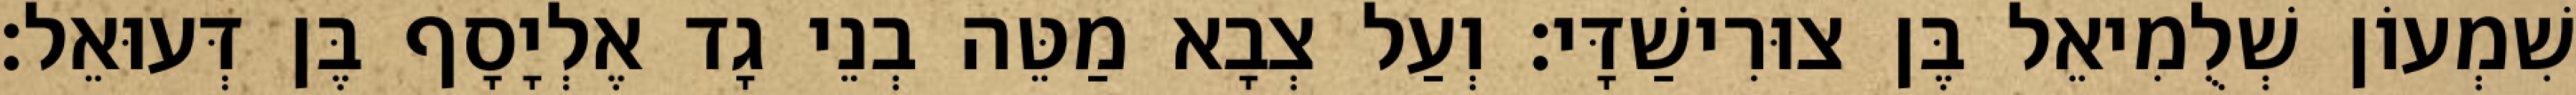
שִׁמְעוֹן שְׁלֻמִיאֵל בֶּן צוּרִישַׁדָּי׃ וְעַל צְבָא מַטֵּה בְנֵי גָד אֶלְיָסָף בֶּן דְּעוּאֵל׃